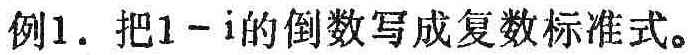
例1. 把\(1 - i\)的倒数写成复数标准式。